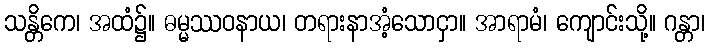
သန္တိကေ၊ အထံ၌။ ဓမ္မဿဝနာယ၊ တရားနာအံ့သောငှာ။ အာရာမံ၊ ကျောင်းသို့။ ဂန္တာ၊